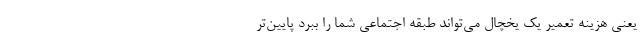
یعنی هزینه تعمیر یک یخچال می‌تواند طبقه اجتماعی شما را ببرد پایین‌تر